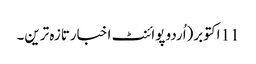
11 اکتوبر(اُردو پوائنٹ اخبارتازہ ترین۔